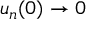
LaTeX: u _ { n } ( 0 ) \to 0